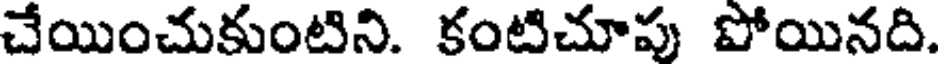
చేయించుకుంటిని. కంటిచూపు పోయినది.